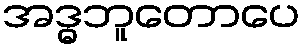
အဒ္ဓဘူတောပေ